Source: Handwritten
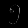
Digit: ၅ (5)